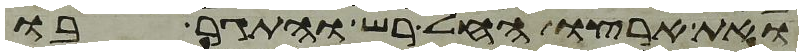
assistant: ואת ארצו החל רש והתגר בו